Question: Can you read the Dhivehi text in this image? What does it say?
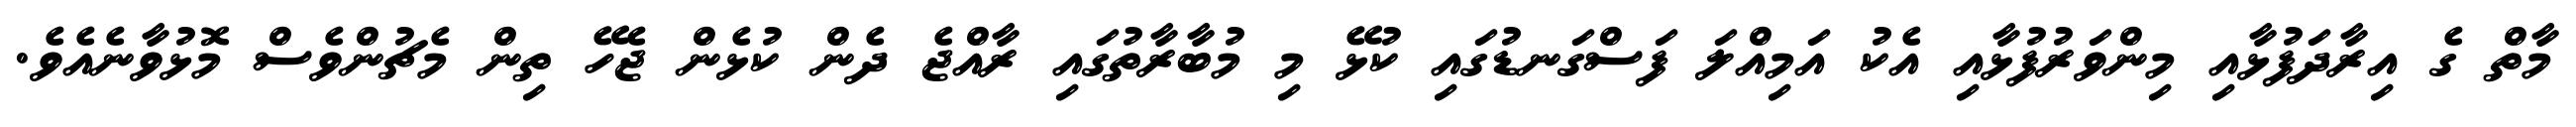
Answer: މާތް ގެ އިރާދަފުޅާއި މިންވަރުފުޅާއި އެކު އަމިއްލަ ފަސްގަނޑުގައި ކުޅޭ މި މުބާރާތުގައި ރާއްޖެ ދެން ކުޅެން ޖެހޭ ތިން މެޗުންވެސް މޮޅުވާނެއެވެ.